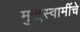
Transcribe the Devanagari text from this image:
मुत्तुस्वामींचे